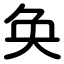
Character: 奂